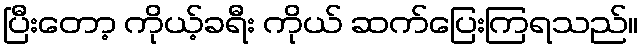
ပြီးတော့ ကိုယ့်ခရီး ကိုယ် ဆက်ပြေးကြရသည်။